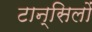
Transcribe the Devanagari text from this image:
टान्सिलों